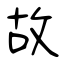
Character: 故